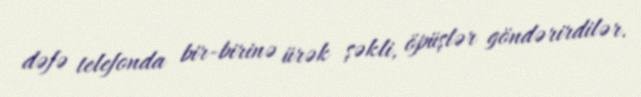
dəfə telefonda bir-birinə ürək şəkli, öpüşlər göndərirdilər.